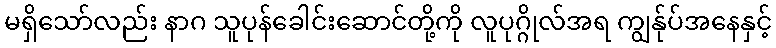
မရှိသော်လည်း နာဂ သူပုန်ခေါင်းဆောင်တို့ကို လူပုဂ္ဂိုလ်အရ ကျွန်ုပ်အနေနှင့်